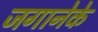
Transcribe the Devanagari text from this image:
जगानेके